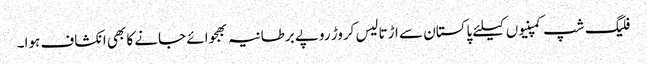
فلیگ شپ کمپنیوں کیلئے پاکستان سے اڑتالیس کروڑ روپے برطانیہ بھجوائے جانے کا بھی انکشاف ہوا۔